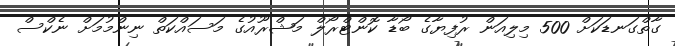
ގާތްގަނޑަކަށް 500 މިލިއަން ރުފިޔާގެ ބޯޑާ ކޮންޓްރޯލް މަޝްރޫއުގެ މަސައްކަތް ނިންމުމަށް ނެކްސް